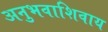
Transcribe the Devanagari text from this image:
अनुभवाशिवाय